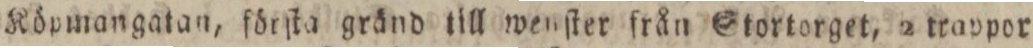
Köpmangatan, förſta gränd till wenſter från Stortorget, 2 travpor